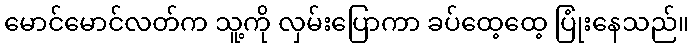
မောင်မောင်လတ်က သူ့ကို လှမ်းပြောကာ ခပ်ထေ့ထေ့ ပြုံးနေသည်။